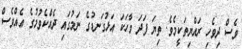
ވެސް ދިވެހި ރައްޔިތަކީމެވެ. ތިޔަ ފަދަ ވާހަކަ އަޅުގަނޑުގެ ނަމުގައި ދެއްކެވުމުގެ އެއްވެސް